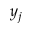
y _ { j }